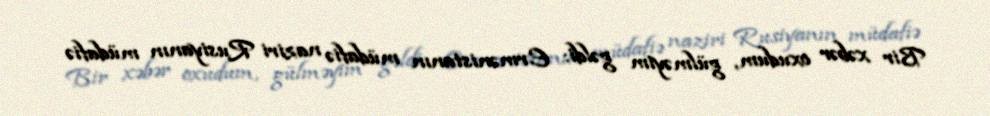
Bir xəbər oxudum, gülməyim gəldi: Ermənistanın müdafiə naziri Rusiyanın müdafiə